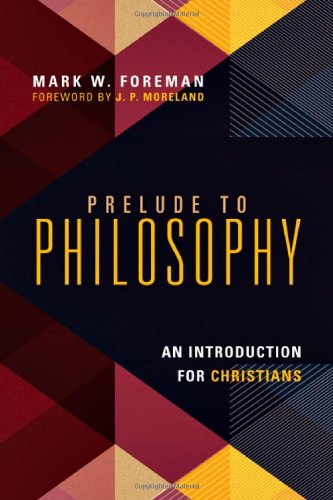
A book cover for Prelude to Philosophy: An Introduction for Christians; Mark W. Foreman; Politics & Social Sciences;